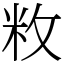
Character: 敉